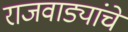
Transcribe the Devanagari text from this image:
राजवाड्यांचे